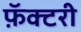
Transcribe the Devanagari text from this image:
फ़ॅक्टरी